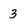
Character: 3